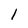
Character: 1